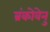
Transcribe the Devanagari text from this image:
ब्रंकोवेनु